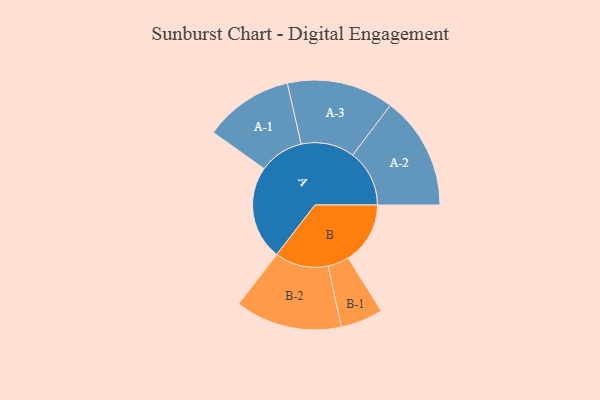
{"axis": {"x": "Segment", "y": "Value"}, "legend": ["", "A", "B"], "data": [{"x": "A", "y": 491, "type": ""}, {"x": "B", "y": 324, "type": ""}, {"x": "A-1", "y": 233, "type": "A"}, {"x": "A-2", "y": 296, "type": "A"}, {"x": "A-3", "y": 279, "type": "A"}, {"x": "B-1", "y": 111, "type": "B"}, {"x": "B-2", "y": 279, "type": "B"}]}